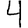
Digit: 4